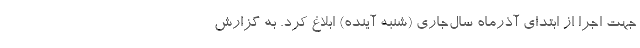
جهت اجرا از ابتدای آذرماه سال‌جاری (شنبه آینده) ابلاغ کرد. به گزارش